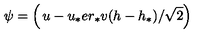
\psi = \left( \begin{matrix} { u - u _ { * } } \\ { e r _ { * } v ( h - h _ { * } ) / \sqrt { 2 } } \\ \end{matrix} \right)